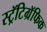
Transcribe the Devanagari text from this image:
स्ट्रॅटिग्रॅफिक